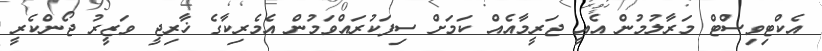
އެކްޓިވިސްޓް މަރާލުމުން އެއީ ޖަރީމާއެއް ކަމަށް ސިފަކުރައްވަމުން އެމެރިކާގެ ޚާރިޖީ ވަޒީރު ޖޯންކެރީ